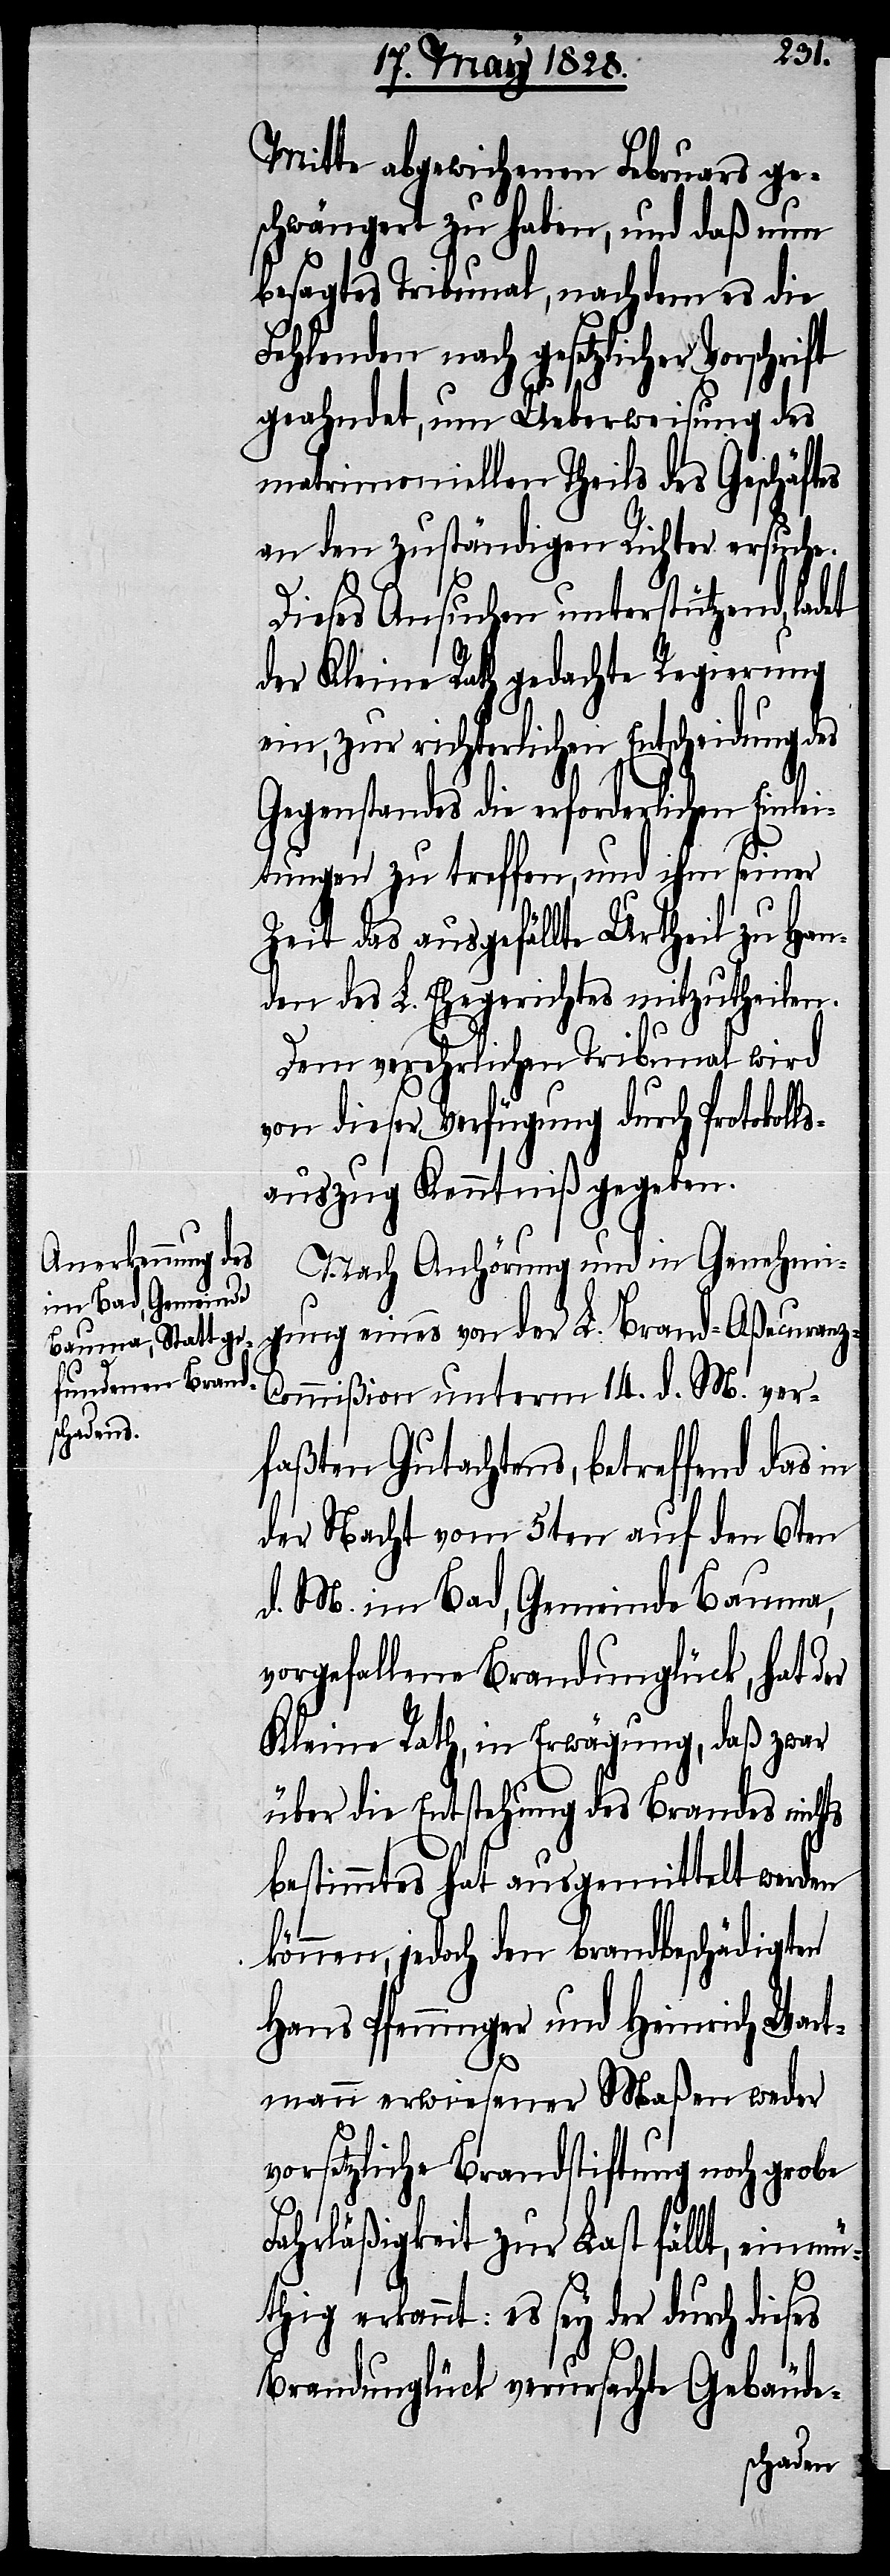
Mitte abgewichenen Februars ge¬
schwängert zu haben, und daß nun
besagtes Tribunal, nachdem es die
Fehlenden nach gesetzlicher
geahndet, um Ueberweisung des
matrimoniellen Theils des Geschäftes
an den zuständigen Richter ersuche.
Dieses Ansuchen unterstützend, ladet
der Kleine Rath gedachte Regierung
ein, zur richterlichen Entscheidung des
Gegenstandes die erforderlichen Einlei¬
tungen zu treffen, und ihm seiner
Zeit das ausgefällte Urtheil zu Han¬
den des L. Ehegerichtes mitzugheilen.
Dem verehrlichen Tribunal wird
von dieser Verfügung durch Protokolls¬
auszug Kenntniß gegeben.
Nach Anhörung und in Genehmi¬
gung eines von der L. Brand-Aßecuranz-C¬
ommißion unterm 14. d. M. ver¬
faßten Gutachtens, betreffend das in
der Nacht vom 5ten auf den 6ten
d. M. im Bad, Gemeinde Bauma,
vorgefallene Brandunglück, hat der
Kleine Rath, in Erwägung, daß zwar
über die Entstehung des Brandes nichts
bestimmtes hat ausgemittelt werden
können, jedoch den brandbeschädigten
Hans Pfenninger und Heinrich Wart¬
mann erwiesener Maßen weder
vorsetzliche Brandstiftung noch grobe
Fahrläßigkeit zur Last fällt, einmü¬
thig erkannt: es sey der durch dieses
Brandunglück verursachte Gebäude-